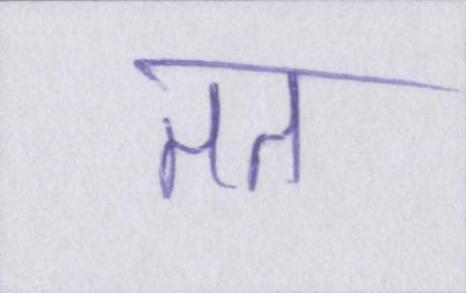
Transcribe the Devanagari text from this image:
तत